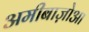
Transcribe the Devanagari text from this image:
अमीबाज़ोआ